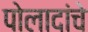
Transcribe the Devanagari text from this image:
पोलादांचे